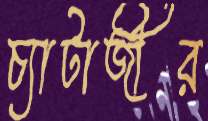
চ্যাটার্জীর